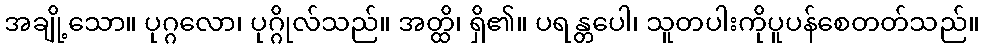
အချို့သော။ ပုဂ္ဂလော၊ ပုဂ္ဂိုလ်သည်။ အတ္ထိ၊ ရှိ၏။ ပရန္တပေါ၊ သူတပါးကိုပူပန်စေတတ်သည်။